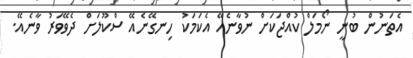
އެތަނުން ބުނީ ނޯމަލް ކުއްޖަކަށް ނުވާނެއޭ އެކަމަކު ހިނގޭނެއޭ ސްކޫލަށް ދެވޭވަރު ވާނެއޭ.